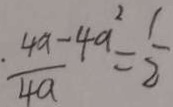
\frac { 4 a - 4 a ^ { 2 } } { 4 a } = \frac { 1 } { 2 }